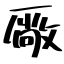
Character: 厰